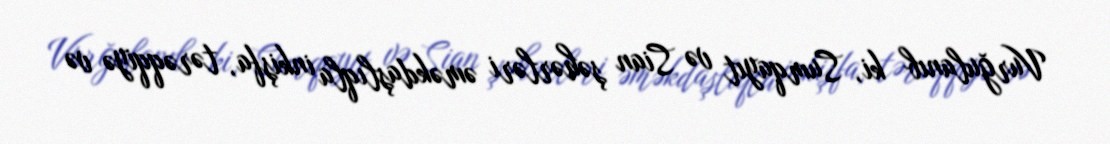
Vurğulanıb ki, Sumqayıt və Sian şəhərləri əməkdaşlıqla inkişfa, tərəqqiyə və